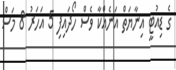
ގެ ޑިއުޓީ އިނާޔަތް އަނެއްކާ ވެސް ހޯދައިފި 5 އަހަރު 8 މަސް